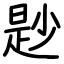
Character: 尟